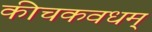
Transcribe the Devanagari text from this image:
कीचकवधम्